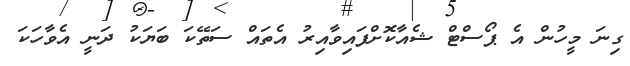
ގިނަ މީހުން އެ ޕޯސްޓް ޝެއާކޮށްފައިވާއިރު އެތައް ސަތޭކަ ބަޔަކު ދަނީ އެވާހަކަ